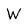
Character: W